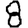
Digit: 8